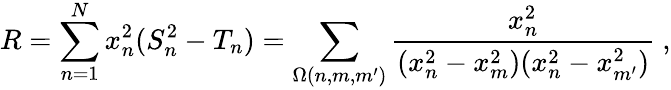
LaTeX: R=\sum_{n=1}^{N}x_{n}^{2}(S_{n}^{2}-T_{n})=\sum_{\Omega(n,m,m^{\prime})}\frac{x_{n}^{2}}{(x_{n}^{2}-x_{m}^{2})(x_{n}^{2}-x_{m^{\prime}}^{2})}\ ,